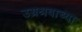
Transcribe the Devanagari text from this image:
उग्रश्रवाच्या